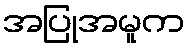
အပြုအမူက